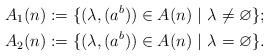
LaTeX: \begin{align*} &A_1(n):=\{(\lambda,(a^b))\in A(n) \ | \ \lambda\neq\varnothing \};\\ &A_2(n):=\{(\lambda,(a^b))\in A(n) \ | \ \lambda=\varnothing\}.\end{align*}